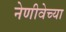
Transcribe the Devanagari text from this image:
नेणीवेच्या